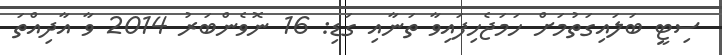
ސިޓީ ބަލައިގަތުމަށް ހަމަޖެހިފައިވާ ތަނާއި ގަޑި: 16 ނޮވެންބަރު 2014 ވާ އާދިއްތަ